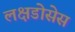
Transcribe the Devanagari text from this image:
लक्षडोसेस